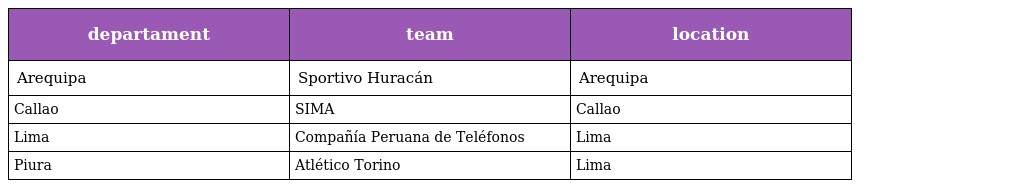
| departament | team | location |
 | --- | --- | --- |
 | Arequipa | Sportivo Huracán | Arequipa |
 | Callao | SIMA | Callao |
 | Lima | Compañía Peruana de Teléfonos | Lima |
 | Piura | Atlético Torino | Lima |